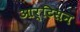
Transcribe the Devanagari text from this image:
आर्टिसन